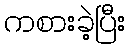
ကစားခဲ့ပြီး